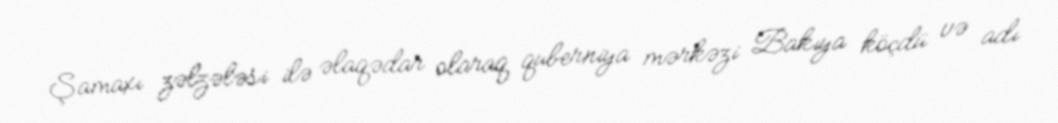
Şamaxı zəlzələsi ilə əlaqədar olaraq quberniya mərkəzi Bakıya köçdü və adı